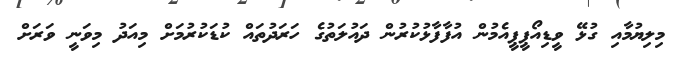
މިލިޔުމާއި ގުޅޭ ވީޑިއޯޕީޕީއެމުން އުފާފާޅުކުރުން ދައުލަތުގެ ހަރަދުތައް ކުޑަކުރުމަށް މިއަދު މިވަނީ ވަރަށް